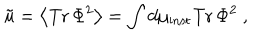
\tilde { u } = \left< \mathrm { T r } \, \Phi ^ { 2 } \right> = \int d \mu _ { \mathrm { i n s t } } \mathrm { T r } \, \Phi ^ { 2 } \ ,